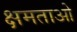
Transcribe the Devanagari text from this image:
क्षमताओ